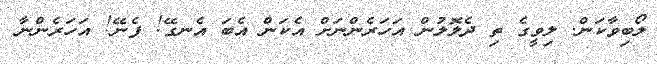
ލޯބިވާކަން. ލިވީގެ ތި ދެލޮލުން އަހަރެންނަށް އެކަން އެބަ އެނގޭ! ފެނޭ! އަހަރެންނާ